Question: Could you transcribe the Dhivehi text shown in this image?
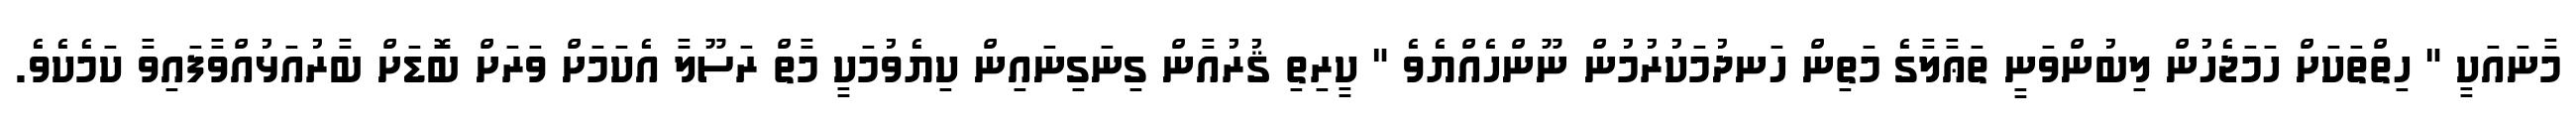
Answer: މާނައަކީ " ހިތްތަކަށް ހަމަޖެހުން ލިބުންވަނީ ތަޢާލާގެ މަތިން ހަނދުމަކުރުމުން ނޫންހެއްޔެވެ " ކީރިތި ޤުރުއާން ގިނަގިނައިން ކިޔެވުމަކީ މާތް ރަސޫލާ އެކަމަށް ވަރަށް ބޮޑަށް ބާރުއަޅުއްވާފައިވާ ކަމެކެވެ.